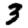
Digit: 3